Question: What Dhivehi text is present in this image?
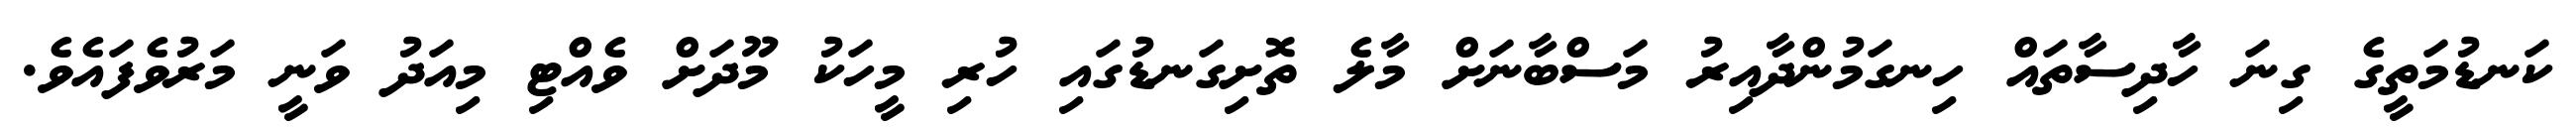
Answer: ކަނޑުމަތީގެ ގިނަ ހާދިސާތައް ހިނގަމުންދާއިރު މަސްބާނަށް މާލެ ތޮށިގަނޑުގައި ހުރި މީހަކު މޫދަށް ވެއްޓި މިއަދު ވަނީ މަރުވެފައެވެ.